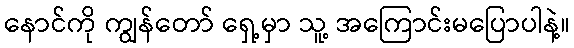
နောင်ကို ကျွန်တော် ရှေ့မှာ သူ့ အကြောင်းမပြောပါနဲ့။